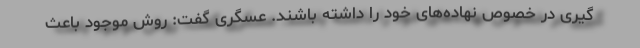
گیری در خصوص نهاده‌های خود را داشته باشند. عسگری گفت:‌ روش موجود باعث